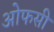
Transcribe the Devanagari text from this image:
ओफसी